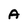
Character: A